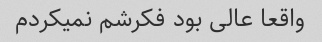
واقعا عالی بود فکرشم نمیکردم